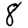
Digit: 8